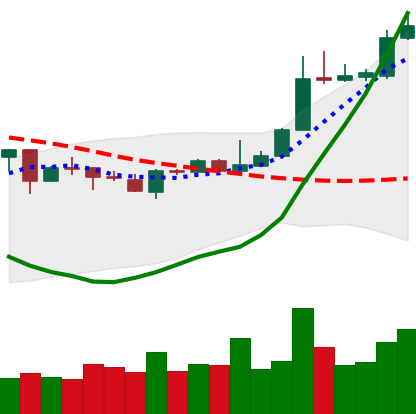
Ticker: XLM-USD
Chart end date: 2020-04-28
Forward return: 5.918%
Label: up_5_7